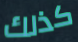
كذلك